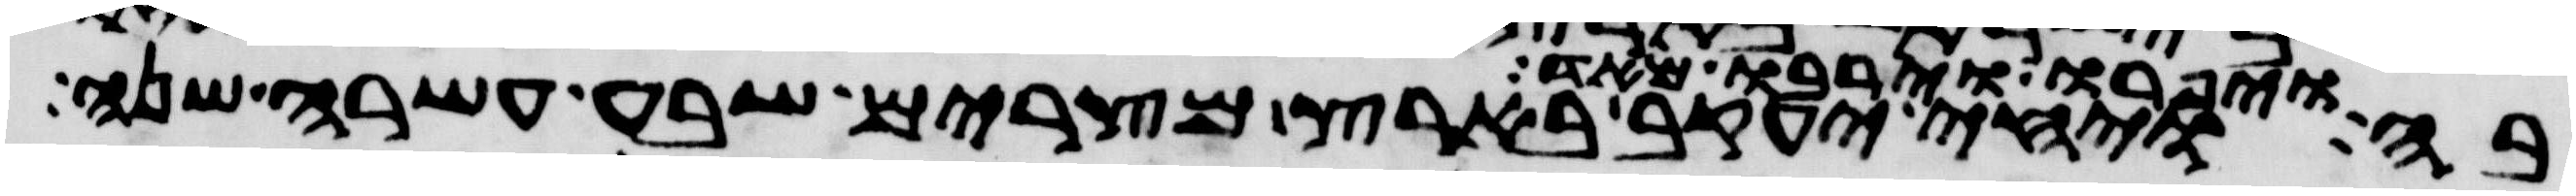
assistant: בה ויפרו וירבו מאד ויחי יעקב בארץ מצרים שבע עשרה שנה